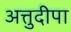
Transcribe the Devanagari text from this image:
अत्तुदीपा